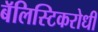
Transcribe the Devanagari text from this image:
बॅलिस्टिकरोधी